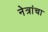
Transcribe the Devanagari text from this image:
नेत्रांचा